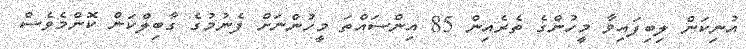
އުނިކަން ލިބިފައިވާ މީހުންގެ ތެރެއިން 85 އިންސައްތަ މީހުންނަށް ފެނުމުގެ ގާބިލްކަން ކޮންމެވެސް